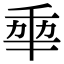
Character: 𠡦